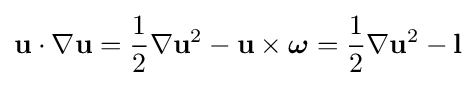
\mathbf {u} \cdot \nabla \mathbf {u} ={\frac {1}{2}}\nabla \mathbf {u} ^{2}-\mathbf {u} \times {\boldsymbol {\omega }}={\frac {1}{2}}\nabla \mathbf {u} ^{2}-\mathbf {l}